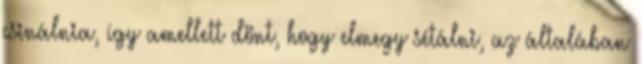
csinálnia, így amellett dönt, hogy elmegy sétálni, az általában